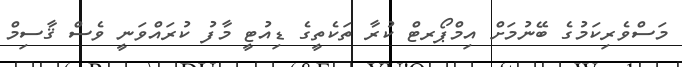
މަސްވެރިކަމުގެ ބޭނުމަށް އިމްޕޯރޓް ކުރާ ތަކެތީގެ ޑިއުޓީ މާފު ކުރައްވަނީ ވެސް ޤާސިމް